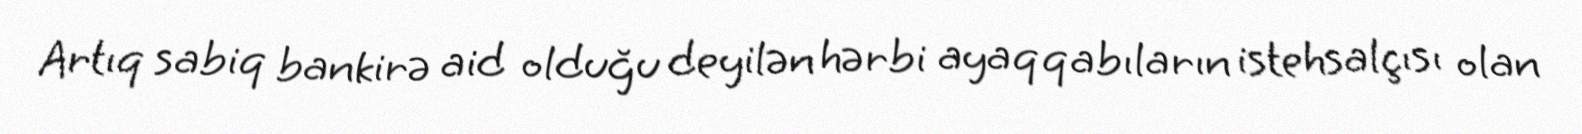
Artıq sabiq bankirə aid olduğu deyilən hərbi ayaqqabıların istehsalçısı olan